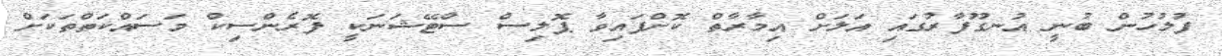
ފުލުހުން ބުނީ އުނގޫފާރުގައި އަލަށް އިމާރާތް ކޮށްފައިވާ ޕޮލިސް ސްޓޭޝަނަކީ ފޮރެންސިކް މަސައްކަތްތަކަށް